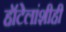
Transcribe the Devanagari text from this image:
हॉटेलांशीही